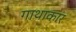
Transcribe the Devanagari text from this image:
गाथाकार